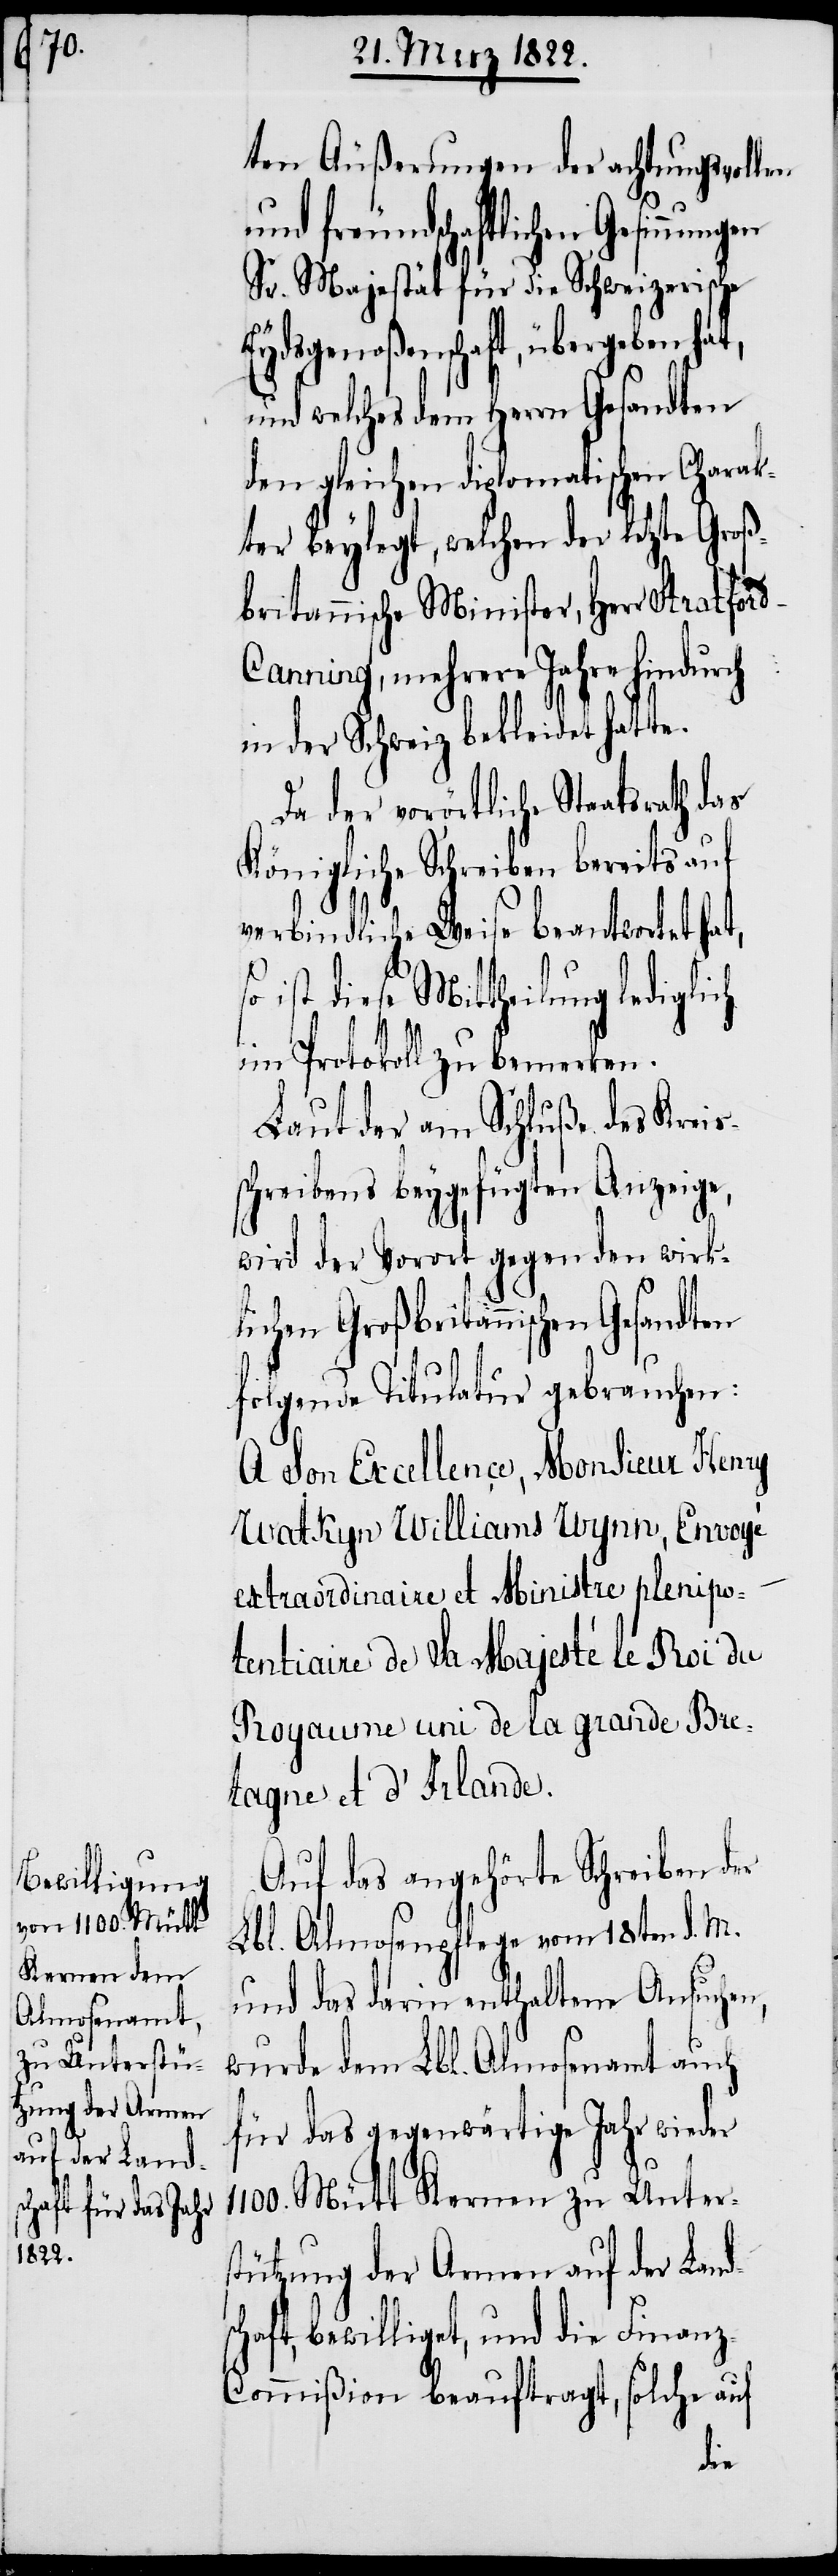
sc¬

ten Äußerungen der achtungsvollen
und freundschaftlichen Gesinnun¬
Sr. Majestät für die Schweizerische
sgenoßenschaft, übergeben
und welches dem Herrn Gesandten
den gleichen diplomatischen Charak¬
ter beygelegt, welchen der letzte Groß¬
britannische Minister, Herr Stratfor¬
d-Canning, mehrere Jahre hindurch
in der Schweiz bekleidet hatte.
Da der vorörtliche Staatsrath das
Königliche Schreiben bereits auf
verbindliche Weise beantwortet hat,
ist diese Mittheilung
im Protokoll zu bemerken.
Laut der am Schluße des Kreis¬
schreibens beygefügten Anzeige,
wird der Vorort gegen den wirk¬
lichen Großbritannischen Gesandten
folgende Titulatur gebrauchen:
A Son Excellence, Monsieur Henry
Watkyn Williams Wynn, Envoyé
extraordinaire et Ministre plenipo¬
tentiaire de Sa Majesté le Roi du
Royaume uni de la grande Bre¬
tagne et d’Irlande.
Auf das angehörte Schreiben des
Lbl. Almosenpflege vom 18ten d. M.
und das darin enthaltene Ansuchen,
wurde dem Lbl. Almosenamt auch
für das gegenwärtige Jahr wieder
Mütt Kernen zu Unters¬
tützung der Armen auf der Land¬
haft, bewilliget, und die Finan¬
z-Commißion beauftragt, solche auf
gen